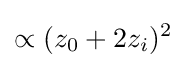
\propto (z_{0}+2z_{i})^{2}~